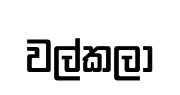
වල්කලා